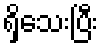
ရှိသေးပြီး